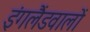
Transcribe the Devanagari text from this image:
इंगलैंडवालों